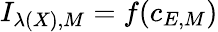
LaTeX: I_{\lambda(X),M}=f(c_{E,M})